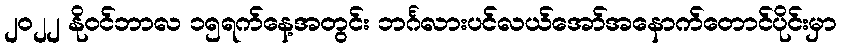
၂၀၂၂ နိုဝင်ဘာလ ၁၅ရက်နေ့အတွင်း ဘင်္ဂလားပင်လယ်အော်အနောက်တောင်ပိုင်းမှာ